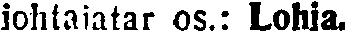
johtajatar os.: Lohja.